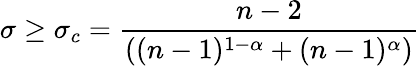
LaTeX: \sigma\geq\sigma_{c}=\frac{n-2}{((n-1)^{1-\alpha}+(n-1)^{\alpha})}